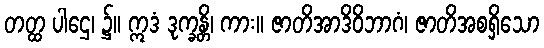
တတ္ထ ပါဌေ၊ ၌။ ဣဒံ ဒုက္ခန္တိ၊ ကား။ ဇာတိအာဒိဝိဘာဂံ၊ ဇာတိအစရှိသော